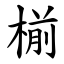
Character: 椾